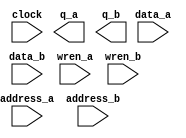
module ram1 (
	address_a,
	address_b,
	clock,
	data_a,
	data_b,
	wren_a,
	wren_b,
	q_a,
	q_b);

	input	[4:0]  address_a;
	input	[4:0]  address_b;
	input	  clock;
	input	[63:0]  data_a;
	input	[63:0]  data_b;
	input	  wren_a;
	input	  wren_b;
	output	[63:0]  q_a;
	output	[63:0]  q_b;
`ifndef ALTERA_RESERVED_QIS
// synopsys translate_off
`endif
	tri1	  clock;
	tri0	  wren_a;
	tri0	  wren_b;
`ifndef ALTERA_RESERVED_QIS
// synopsys translate_on
`endif

endmodule